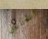
الخليل